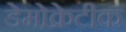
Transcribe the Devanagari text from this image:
डेेमोक्रेटीक